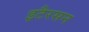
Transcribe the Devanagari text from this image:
इटैरसन